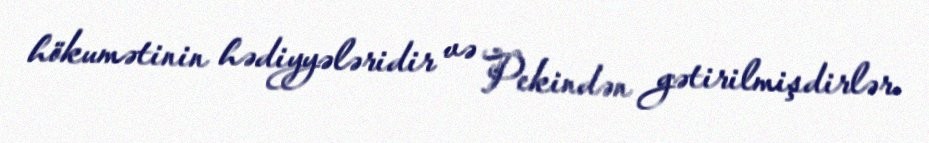
hökumətinin hədiyyələridir və Pekindən gətirilmişdirlər.